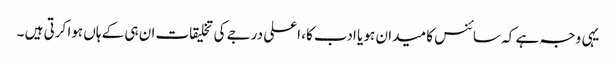
یہی وجہ ہے کہ سائنس کا میدان ہو یا ادب کا، اعلی درجے کی تخلیقات ان ہی کے ہاں ہوا کرتی ہیں ۔